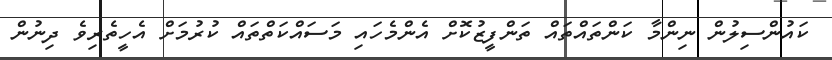
ކައުންސިލުން ނިންމާ ކަންތައްތައް ތަންފީޒުކޮށް އެންމެހައި މަސައްކަތްތައް ކުރުމަށް އެހީތެރިވެ ދިނުން